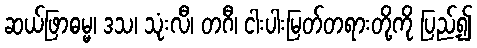
ဆယ်ဖြာဓမ္မ၊ ဒသ၊ သုံးလီ၊ တဂီ၊ ငါးပါးမြတ်တရားတို့ကို ပြည့်၍